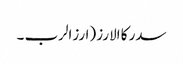
سدر کا الارز (ارزالرب ۔